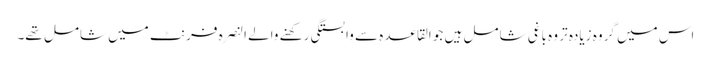
اس میں گروہ زیادہ تر وہ باغی شامل ہیں جو القاعدہ سے وابستگی رکھنے والے النصرہ فرنٹ میں شامل تھے۔